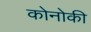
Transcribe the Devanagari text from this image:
कोनोकी